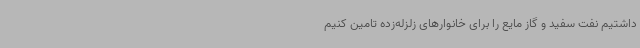
داشتیم نفت سفید و گاز مایع را برای خانوارهای زلزله‌زده تامین کنیم